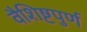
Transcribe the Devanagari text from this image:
वैशिष्टपुर्ण